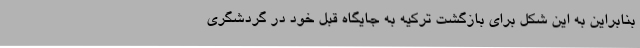
بنابراین به این شکل برای بازگشت ترکیه به جایگاه قبل خود در گردشگری